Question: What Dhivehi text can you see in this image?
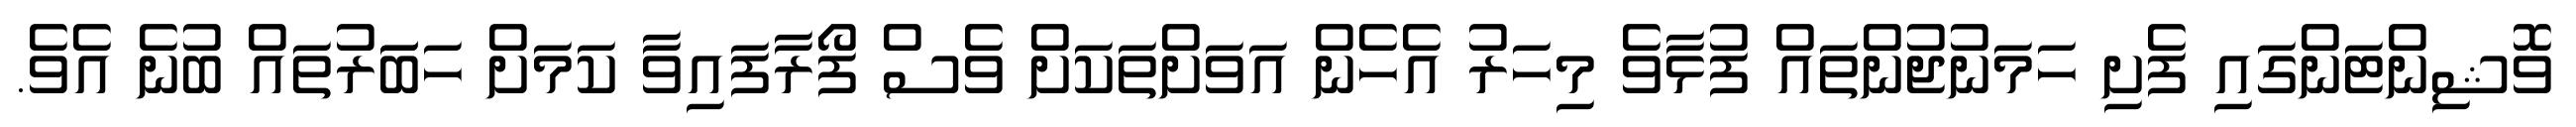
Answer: ވޮޝިންޓަންގައި ފެށި ހަމަނުޖުންތައް ފުޅާވެ މިހަރު އެހެން އަވަށްތަކަށް ވެސް ފޯރާފައިވާ ކަމަށް ހަބަަރުތައް ބުނެ އެވެ.